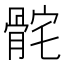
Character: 䯔